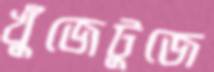
খুঁজেটুজে